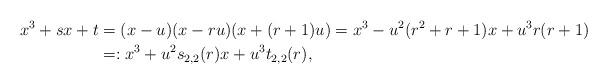
LaTeX: \begin{align*} x^{3}+sx+t &= (x-u)(x-ru)(x+(r+1)u)=x^{3}-u^{2}(r^{2}+r+1)x+u^{3}r(r+1)\\&=:x^{3}+u^{2}s_{2,2}(r)x+u^{3}t_{2,2}(r), \end{align*}